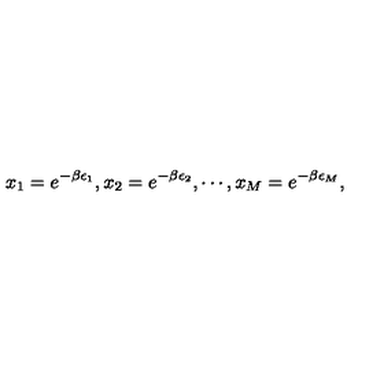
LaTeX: x _ { 1 } = e ^ { - \beta \epsilon _ { 1 } } , x _ { 2 } = e ^ { - \beta \epsilon _ { 2 } } , \cdots , x _ { M } = e ^ { - \beta \epsilon _ { M } } ,